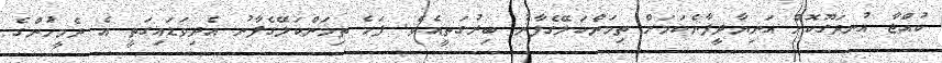
ކުއްޖާ އުނދަގޫކޮށް އަނިޔާދީފާނެކަމަށް ތިމަންކަލޭގެފާނު ބިރުގަތީއެވެ. ފަހެ ތިމަންކަލޭގެފާނު އެދިވަޑައިގަތީ އެ ދެމީހުންގެ